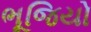
ભૂજિયો